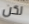
لكن